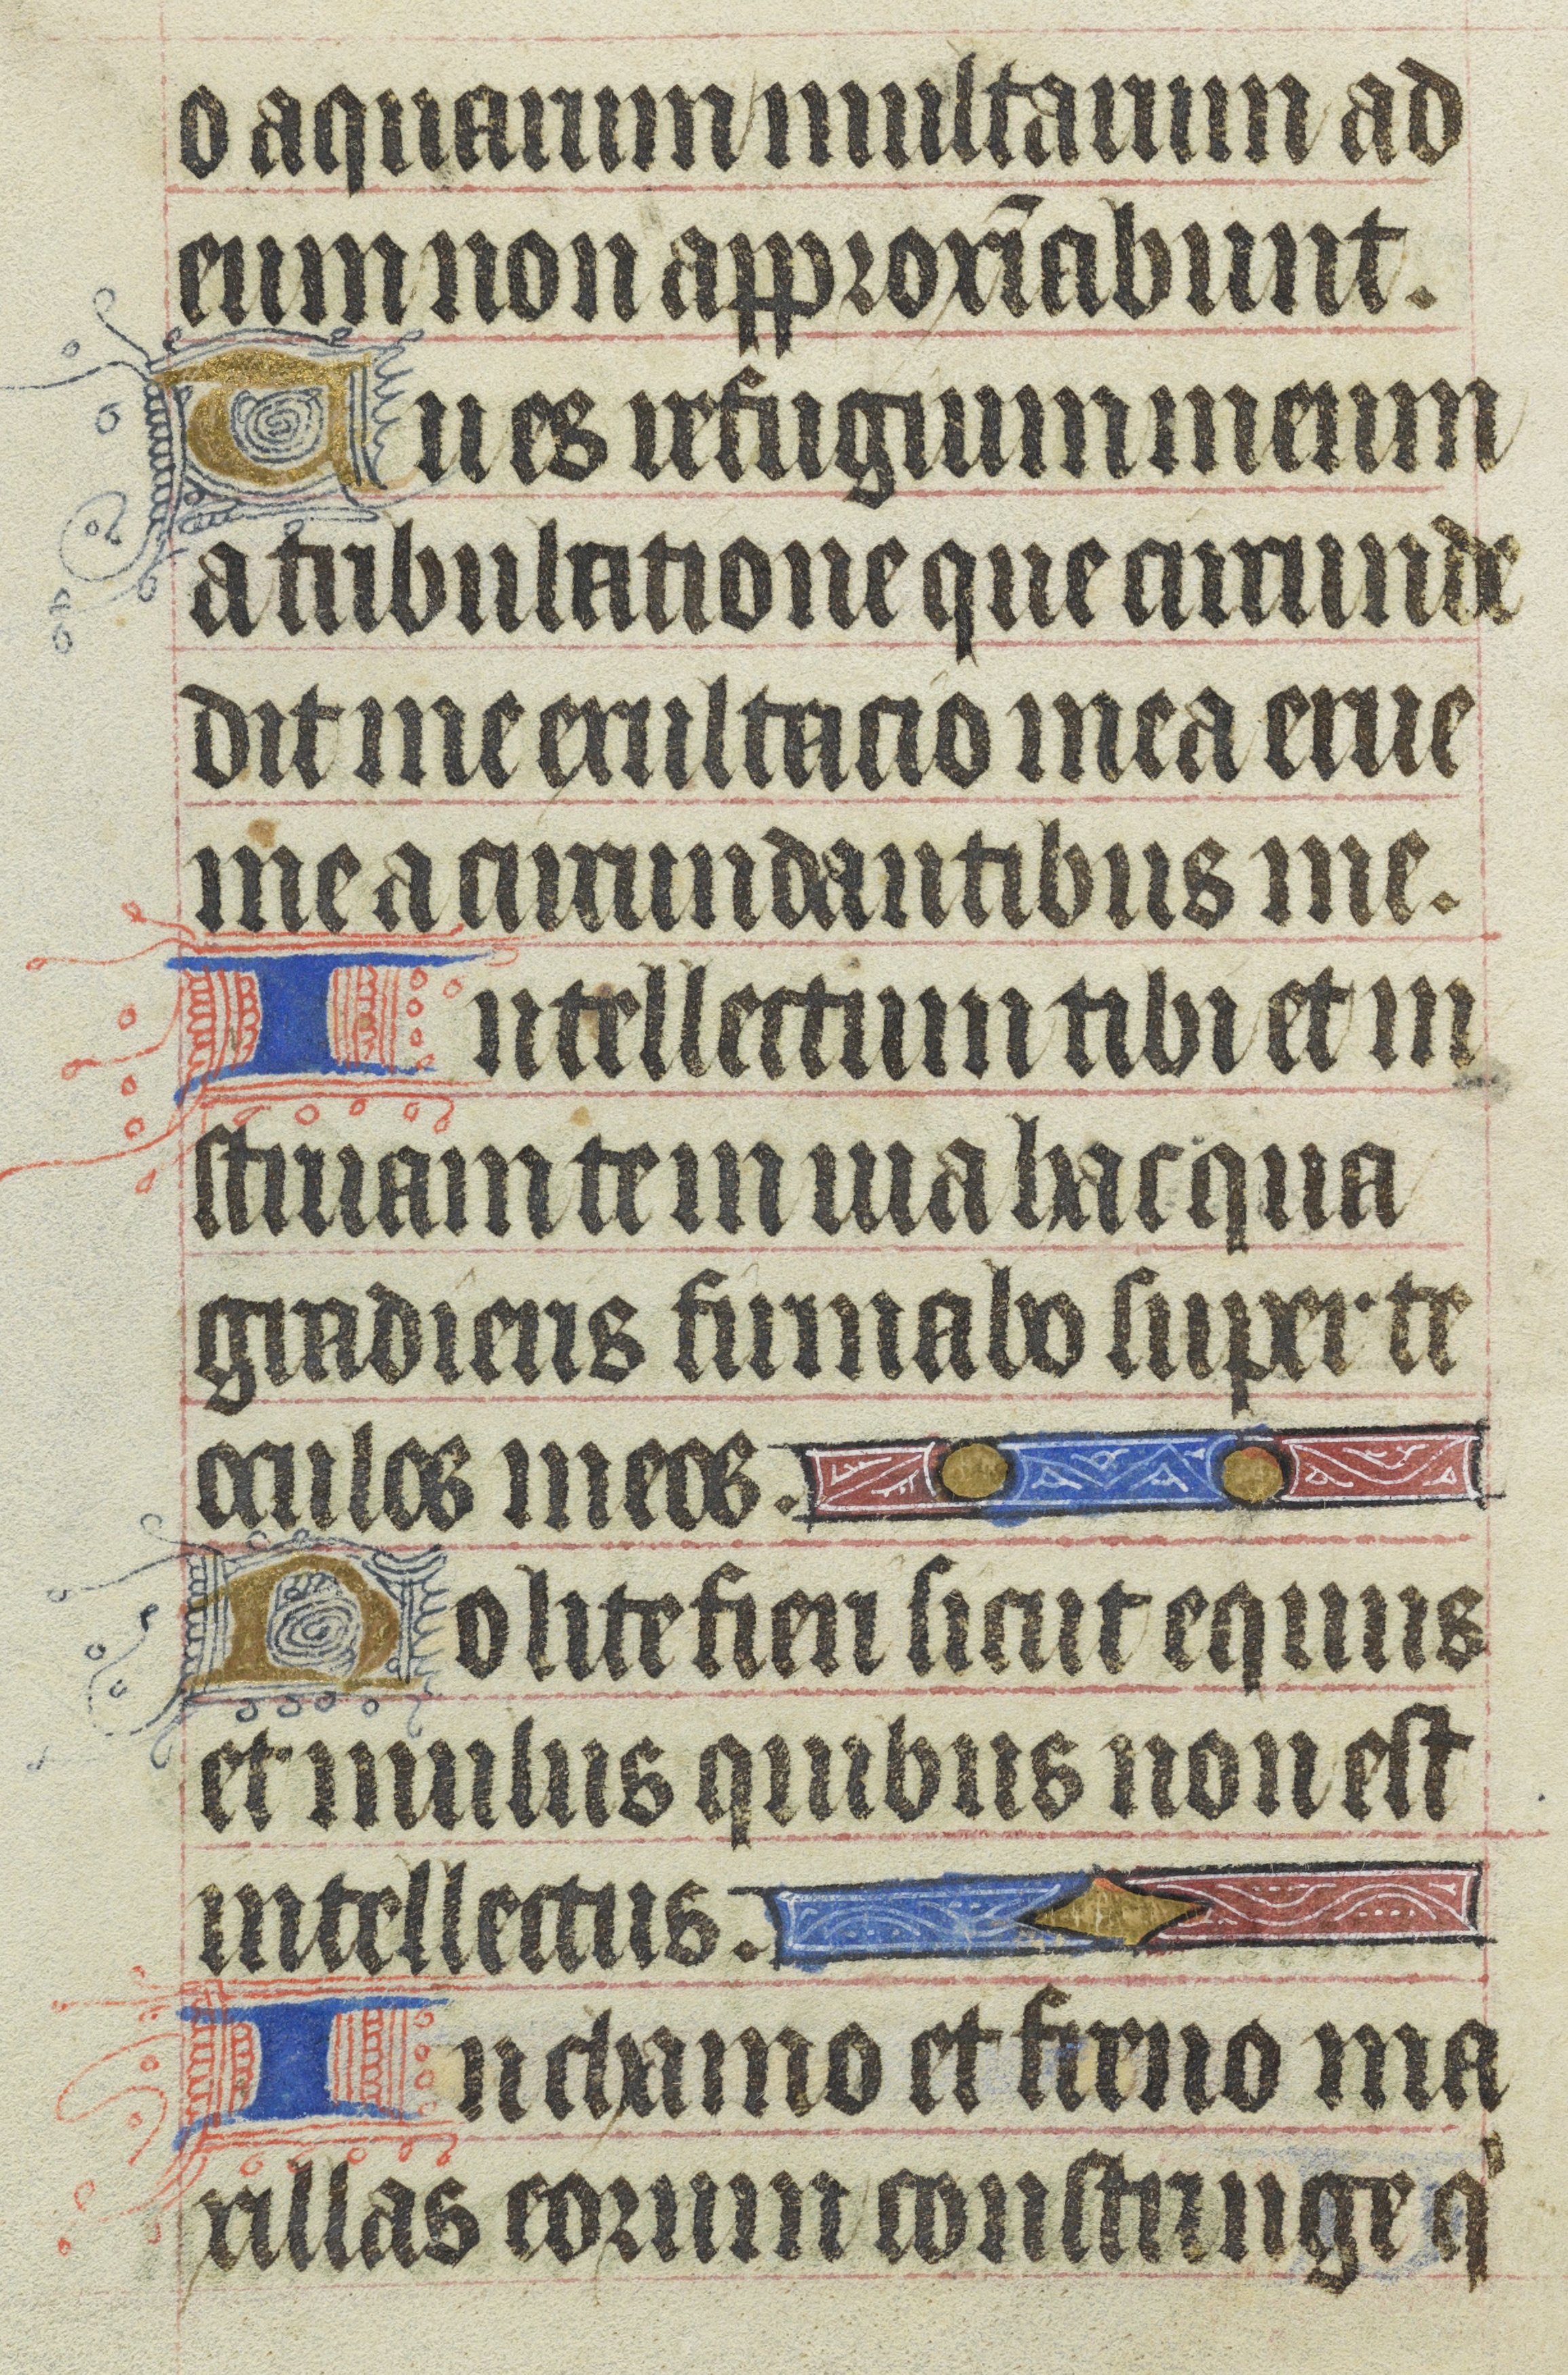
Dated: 1400–1430